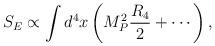
LaTeX: \begin{align*}S_E\propto \int d^4x \left(M_P^2 \frac{R_4}{2}+\cdots\right),\end{align*}